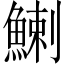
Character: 鯻